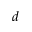
d